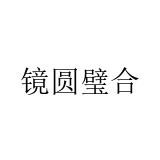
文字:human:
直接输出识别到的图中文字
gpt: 镜圆璧合